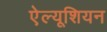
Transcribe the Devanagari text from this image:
ऐल्यूशियन